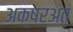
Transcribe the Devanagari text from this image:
अक्षरअंत